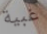
غبية